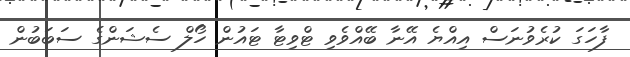
ފާހަގަ ކުރެވުނަސް އިއްޔެ އޭނާ ބޭއްވެވި ޓްވިޓާ ޓައުން ހޯލް ސެޝަންގެ ސަބަބުން